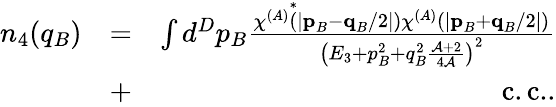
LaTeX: \begin{array}{rlr}{n_{4}(q_{B})}&{=}&{\int d^{D}p_{B}\frac{\chi^{(A)}\overset{*}{(}\lvert\textbf{p}_{B}-\textbf{q}_{B}/2\rvert)\chi^{(A)}(\lvert\textbf{p}_{B}+\textbf{q}_{B}/2\rvert)}{\left(E_{3}+p_{B}^{2}+q_{B}^{2}\frac{\mathcal{A}+2}{4\mathcal{A}}\right)^{2}}}\\ &{+}&{\mathrm{c.c.}.}\end{array}